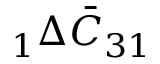
\phantom { } _ { 1 } \Delta \bar { C } _ { 3 1 }